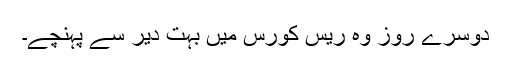
دوسرے روز وہ ریس کورس میں بہت دیر سے پہنچے۔